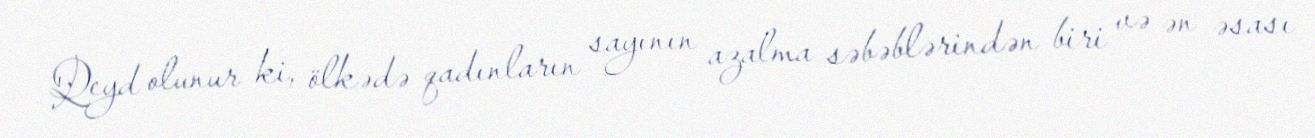
Qeyd olunur ki, ölkədə qadınların sayının azalma səbəblərindən biri və ən əsası